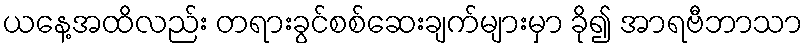
ယနေ့အထိလည်း တရားခွင်စစ်ဆေးချက်များမှာ ခို၍ အာရဗီဘာသာ